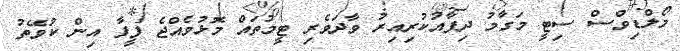
މޯލްޑިވްސް ސިޓީ މަގާމު ދިފާއުކުރިއިރު ވާދަވެރި ޓީމުތައް މޮޅުވެއްޖެ ފީފާ އިން ކުވޭތު